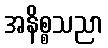
အနိစ္စသညာ